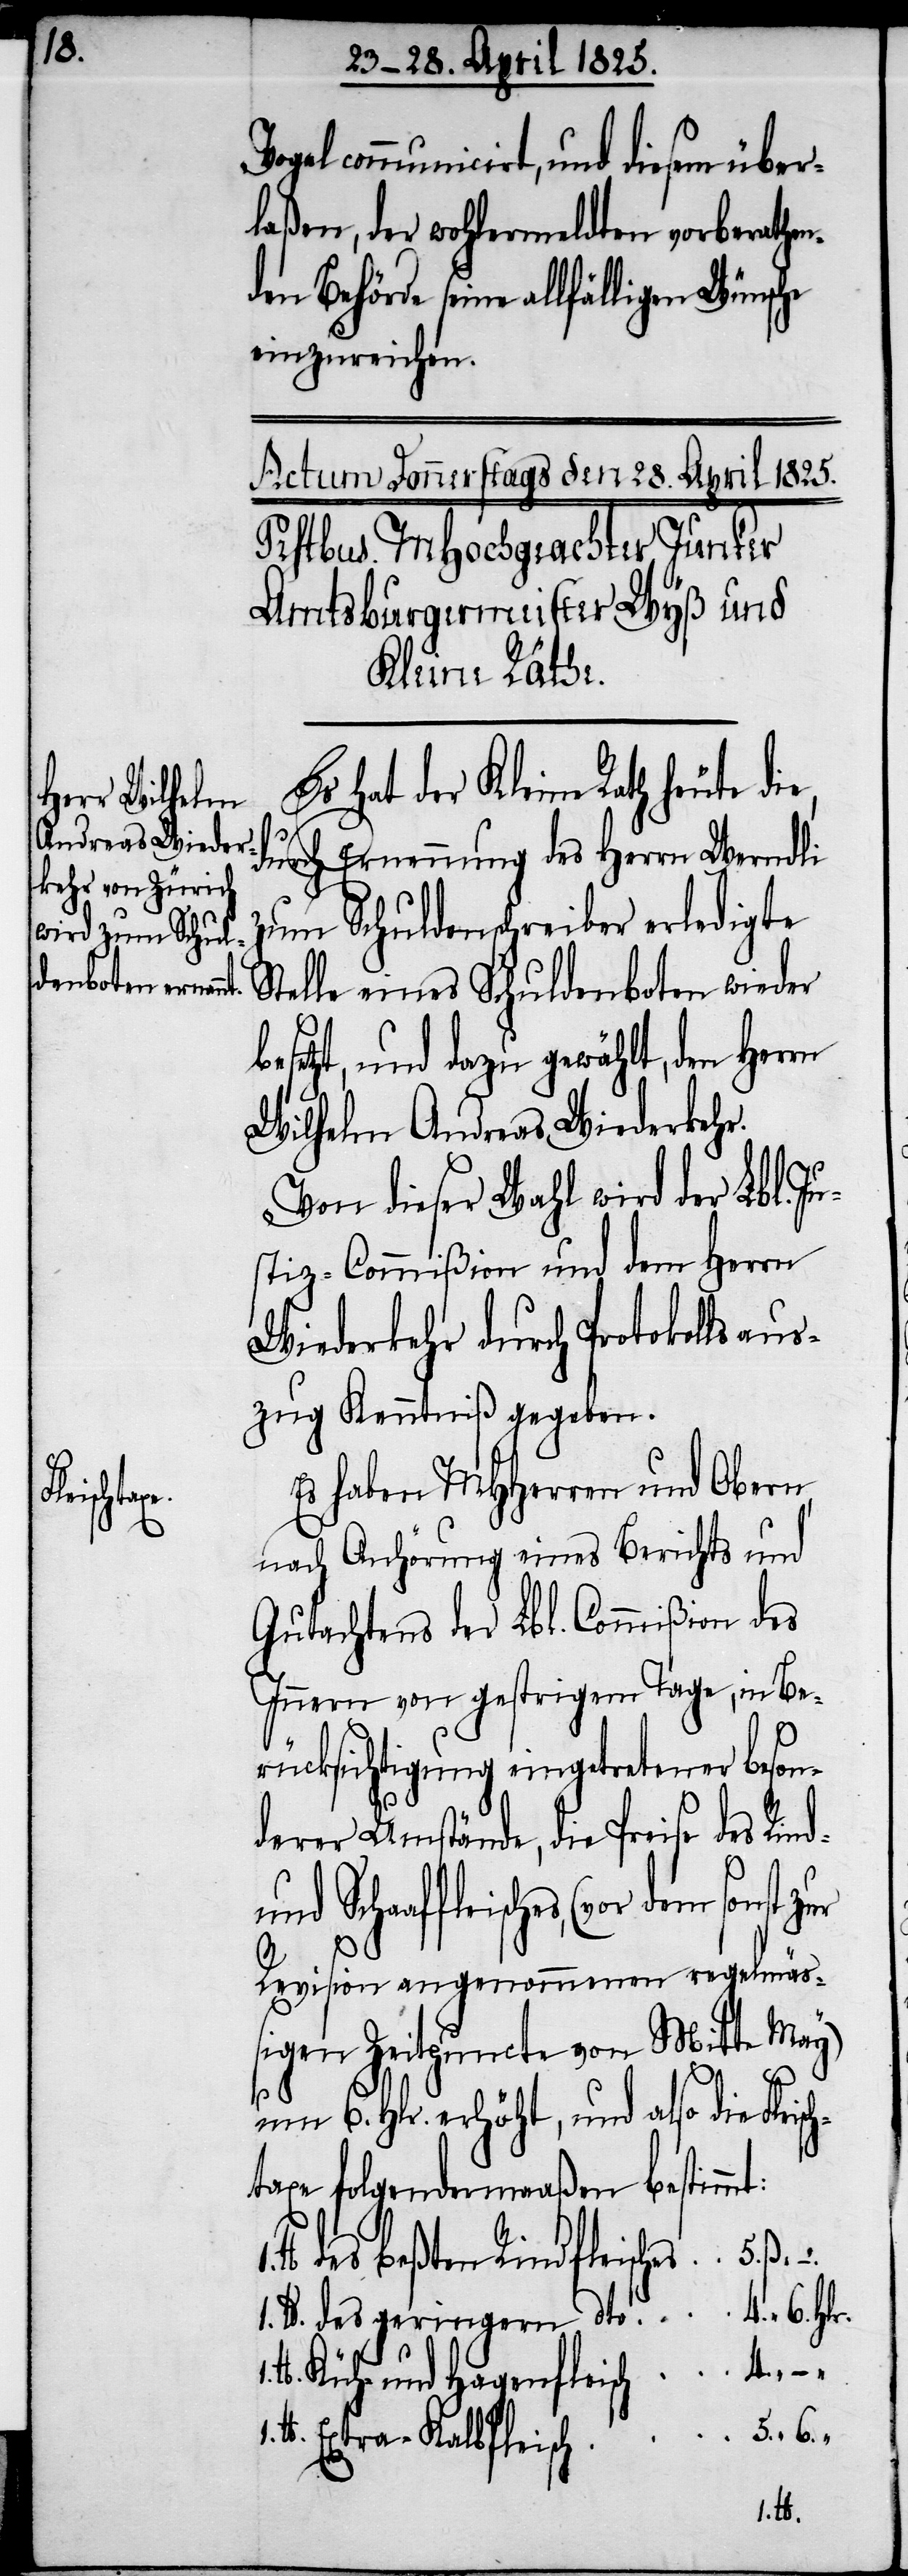
1.

isch¬

communicirt, und diesem über¬
laßen, der wohlermeldten vorberathen¬
den Behörde seine allfälligen Wünsche
einzureichen.
Es hat der Kleine Rath heute
durch Ernennung des Herrn Werndli
zum Schuldenschreiber erledigte
Stelle eines Schuldenboten wieder
besetzt, und dazu gewählt, den Herrn
Wilhelm Andreas Wiederkehr.
Von dieser Wahl wird der Lbl. Ju¬
stiz-Commißion und dem Herrn
Wiederkehr durch Protokollsaus¬
zug Kenntniß gegeben.
Es haben MHHerren und Obern
nach Anhörung eines Berichts und
Gutachtens der Lbl. Commißion des
Innern von gestrigem Tage, in Be¬
rücksichtigung eingetretener beson¬
derer Umstände, die Preise des Rind-
und Schaaffleisches, (vor dem
Revision angenommenen regelmäß¬
igen Zeitpuncte von Mitte May)
um 6. Hlr. erhöht, und also die Fle¬
taxe folgendermaßen bestimm¬
lb. des beßten Rindfleisches
1. lb. des geringern dto
lb. Küh- und Hagenfleisch
lb. Extra-Kalbfleisch